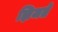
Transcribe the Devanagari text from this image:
झिजते